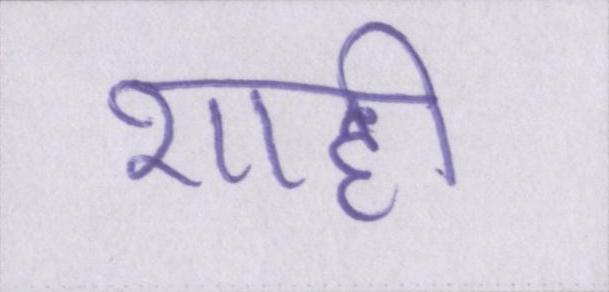
शाही